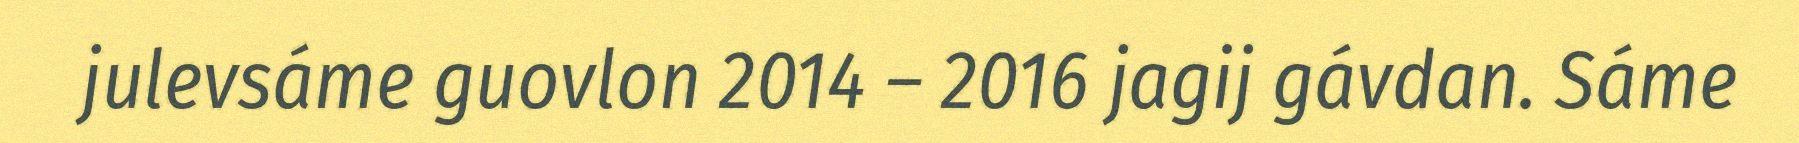
julevsáme guovlon 2014 – 2016 jagij gávdan. Sáme